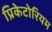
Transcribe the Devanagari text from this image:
प्रिकेटोरियम